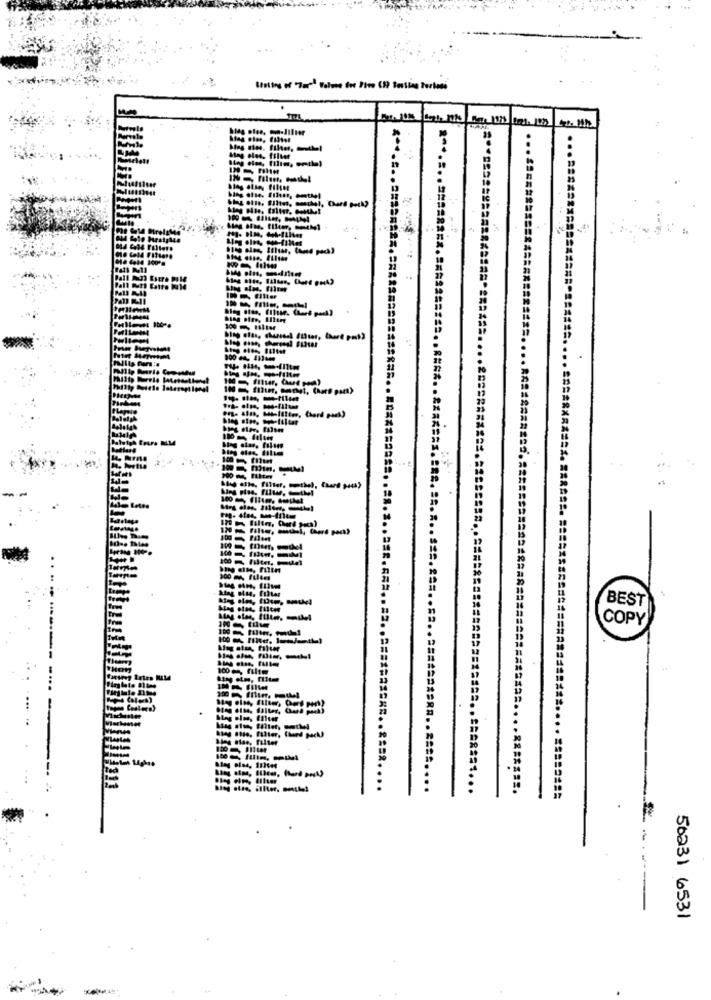
.
1 Catro I14
Meg alte, Filter, nothel, Chard seta)
ol, Chard pack?
BEST
COPY
100 , filtm
....... ..
----
=================*...
50231 6531